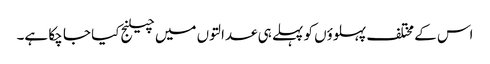
اس کے مختلف پہلوؤں کو پہلے ہی عدالتوں میں چیلنج کیا جا چکا ہے۔